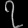
Digit: ၇